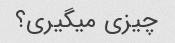
چیزی میگیری؟